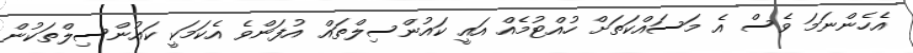
އެހެންނަމަ ވެސް އެ މަސައްކަތަށް ހުއްޓުމެއް އައީ ކައުންސިލްތައް އުފަންވެ އެކަމަކީ ކައުންސިލްތަކުން